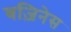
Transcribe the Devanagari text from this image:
बज़िनेस